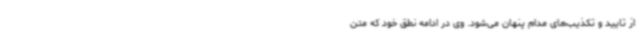
از تایید و تکذیب‌های مدام پنهان می‌شود. وی در ادامه نطق خود که متن